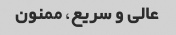
عالی و سریع، ممنون